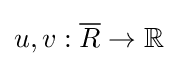
u,v:{\overline {R}}\to \mathbb {R}